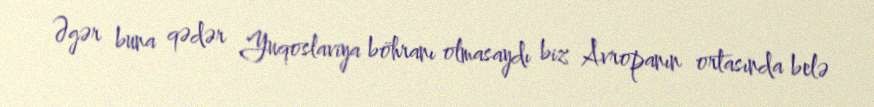
Əgər buna qədər Yuqoslaviya böhranı olmasaydı biz Avropanın ortasında belə